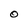
Character: O